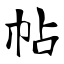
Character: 帖